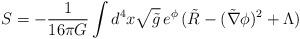
LaTeX: \begin{align*}S = - \frac{1}{16 \pi G}\int d^4 x \sqrt{\tilde{g}} \, e^{\phi} \,( \tilde{R} - (\tilde{\nabla} \phi)^2 + \Lambda )\end{align*}